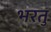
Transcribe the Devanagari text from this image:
भरतु